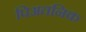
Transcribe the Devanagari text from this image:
पिअतनिक